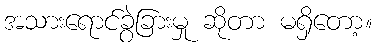
အသားရောင်ခွဲခြားမှု ဆိုတာ မရှိတော့။